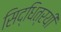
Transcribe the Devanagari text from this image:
सिद्धित्रयी